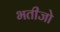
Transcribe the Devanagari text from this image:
भतीजो